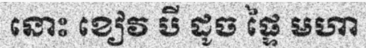
នោះ ខៀវ បី ដូច ផ្ទៃ មហា